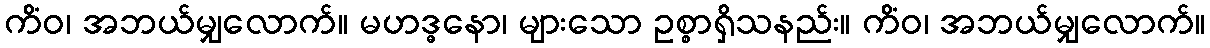
ကိံဝ၊ အဘယ်မျှလောက်။ မဟဒ္ဓနော၊ များသော ဥစ္စာရှိသနည်း။ ကိံဝ၊ အဘယ်မျှလောက်။